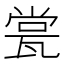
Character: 瓽